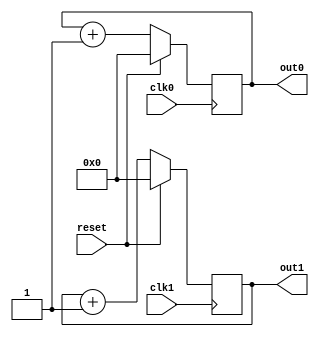
module up5bit_counter_dual_clock (out0,out1,
                        clk0,clk1,
                        reset);

    output [4:0] out0,out1;
    input clk0, clk1, reset;

    reg [4:0] out0,out1;

    always @(posedge clk0)
        if (reset) begin 
            out0 <= 5'b0;
        end 
        else begin
            out0 <= out0 + 1;
        end 

    always @(posedge clk1)
        if (reset) begin 
            out1 <= 5'b0;
        end 
        else begin
            out1 <= out1 + 1;
        end 
endmodule